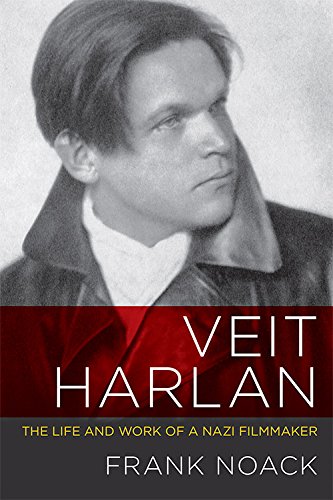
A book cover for Veit Harlan: The Life and Work of a Nazi Filmmaker (Screen Classics); Frank Noack; Humor & Entertainment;